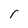
Character: I